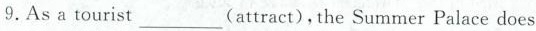
9.As a tourist___(attract)，the Summer Palace does